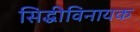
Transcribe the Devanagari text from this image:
सिद्धीविनायक